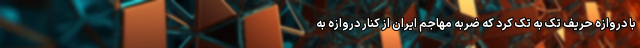
با دروازه حریف تک به تک کرد که ضربه مهاجم ایران از کنار دروازه به